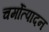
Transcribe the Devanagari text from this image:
चर्मोत्पादन